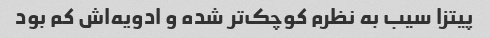
پیتزا سیب به نظرم کوچک‌تر شده و ادویه‌اش کم بود